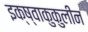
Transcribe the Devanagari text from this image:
इक्ष्वाकुकुलीन